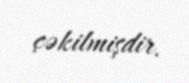
çəkilmişdir.